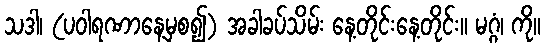
သဒါ၊ (ပဝါရဏာနေ့မှစ၍) အခါခပ်သိမ်း နေ့တိုင်းနေ့တိုင်း။ မဂ္ဂံ၊ ကို။